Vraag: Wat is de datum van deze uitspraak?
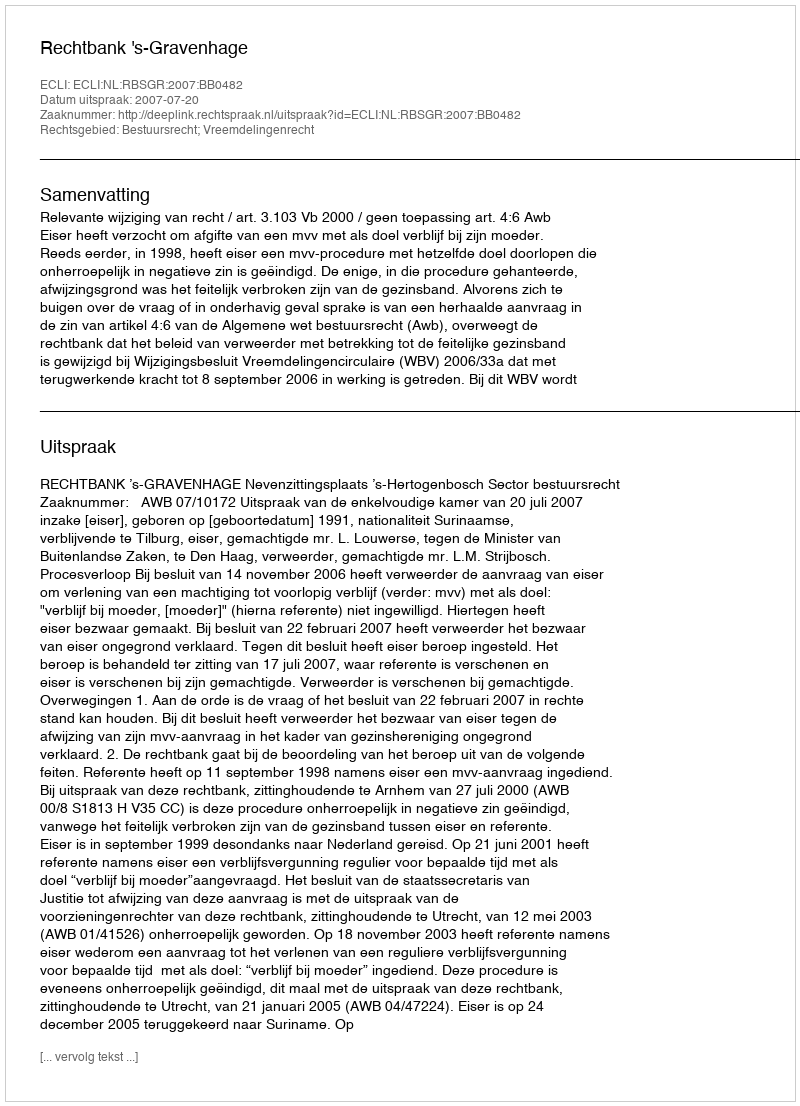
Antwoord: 2007-07-20